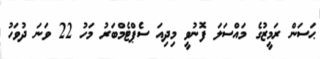
ޙަސަން ރަމީޒުގެ މައްސަލަ ފޮނުވީ މިދިއަ ސެޕްޓެމްބަރު މަހު 22 ވަނަ ދުވަހު